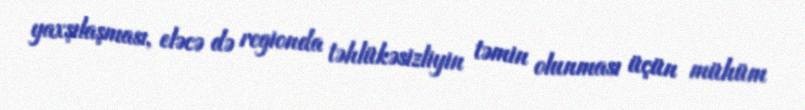
yaxşılaşması, eləcə də regionda təhlükəsizliyin təmin olunması üçün mühüm